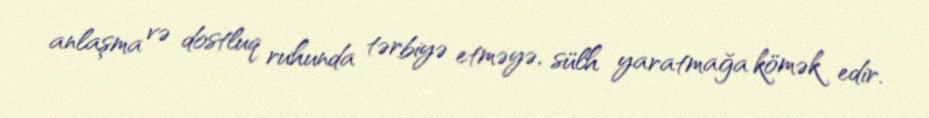
anlaşma və dostluq ruhunda tərbiyə etməyə, sülh yaratmağa kömək edir.